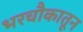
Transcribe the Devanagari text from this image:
भरचौकातून